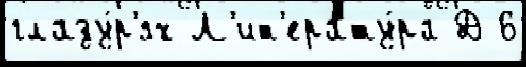
глазу́р'ях Л'ит'ерату́ра Д 6